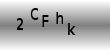
Text: 2CFhK